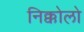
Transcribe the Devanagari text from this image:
निक्कोलो